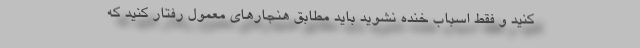
کنید و فقط اسباب خنده نشوید باید مطابق هنجارهای معمول رفتار کنید که